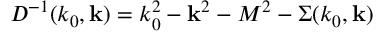
{ \cal D } ^ { - 1 } ( k _ { 0 } , { \bf k } ) = k _ { 0 } ^ { 2 } - { \bf k } ^ { 2 } - M ^ { 2 } - \Sigma ( k _ { 0 } , { \bf k } )